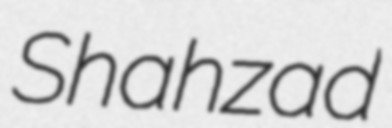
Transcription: Shahzad